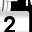
Digit: 2